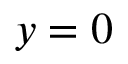
y = 0